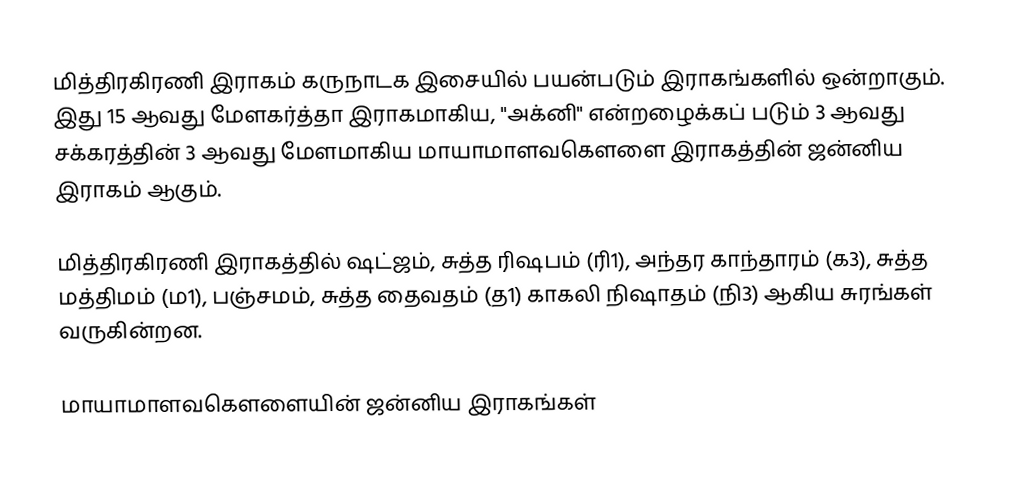
மித்திரகிரணி இராகம் கருநாடக இசையில் பயன்படும் இராகங்களில் ஒன்றாகும். இது 15 ஆவது மேளகர்த்தா இராகமாகிய, "அக்னி" என்றழைக்கப் படும் 3 ஆவது சக்கரத்தின் 3 ஆவது மேளமாகிய மாயாமாளவகௌளை இராகத்தின் ஜன்னிய இராகம் ஆகும்.

மித்திரகிரணி இராகத்தில் ஷட்ஜம், சுத்த ரிஷபம் (ரி1),  அந்தர காந்தாரம் (க3), சுத்த மத்திமம் (ம1), பஞ்சமம்,  சுத்த தைவதம் (த1) காகலி நிஷாதம்  (நி3) ஆகிய சுரங்கள் வருகின்றன.

மாயாமாளவகௌளையின் ஜன்னிய இராகங்கள்